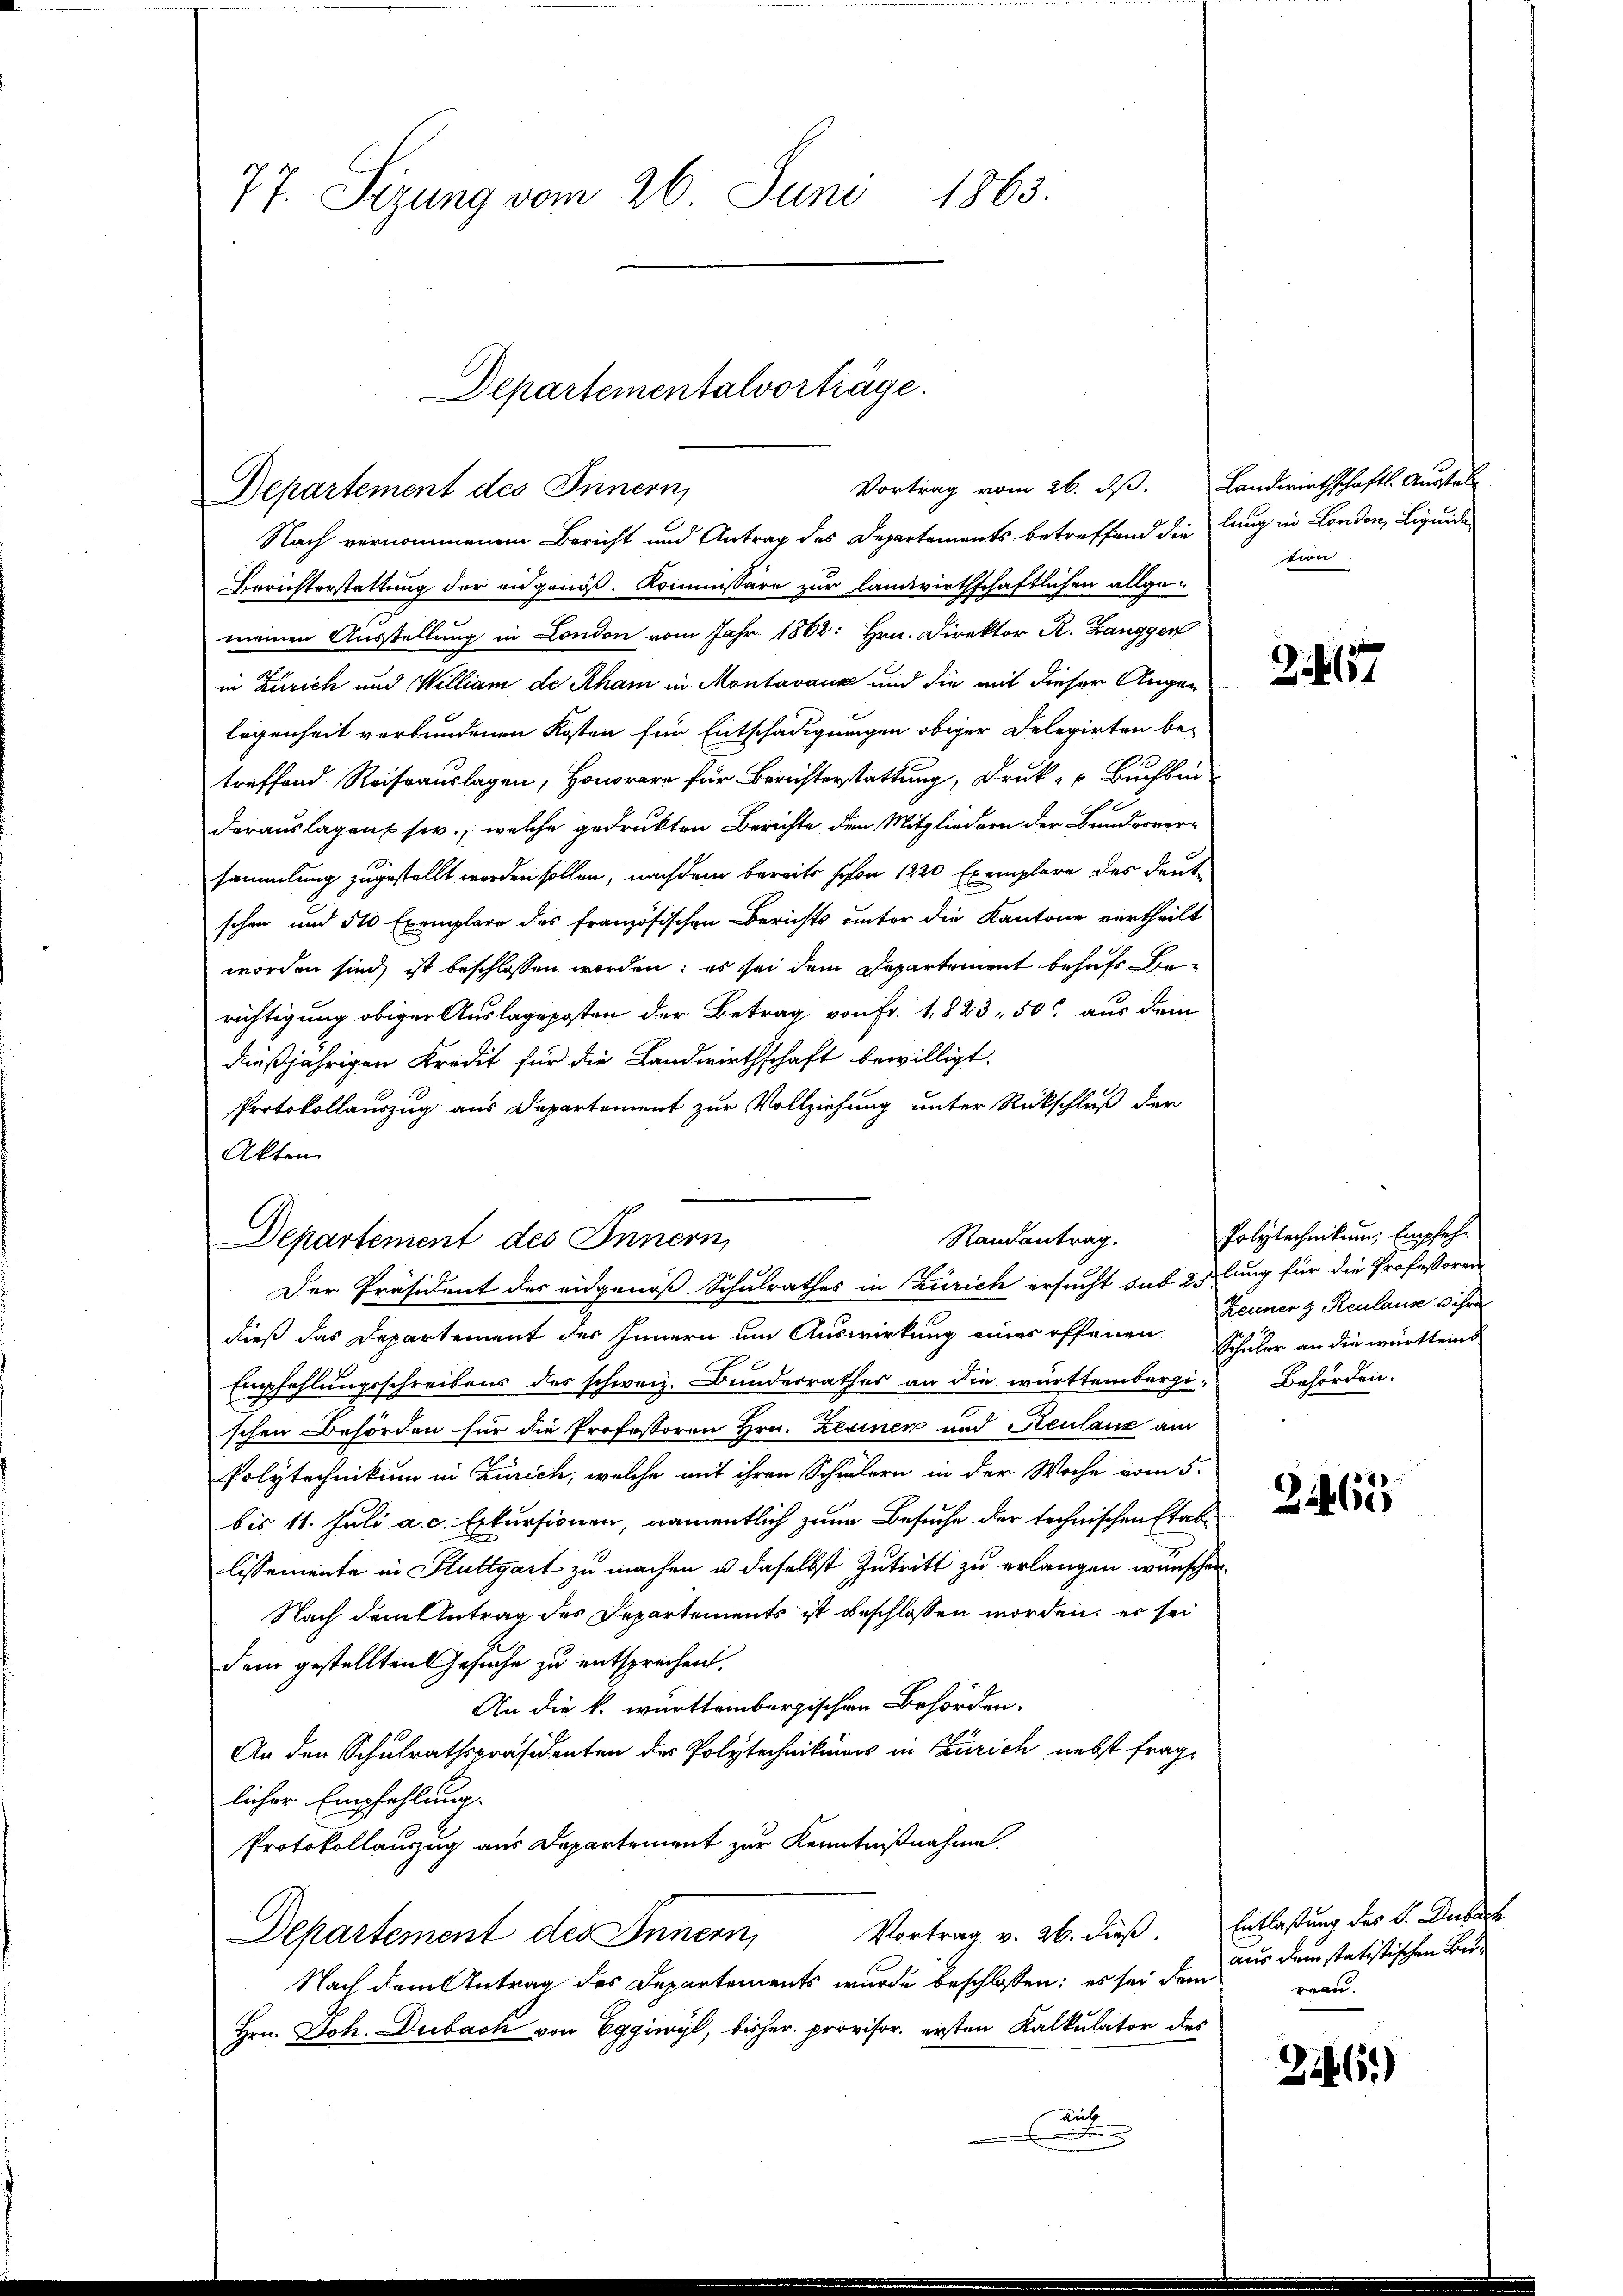
77. Sizung vom 26. Juni 1863.

Vortrag vom 26. dβ. Landwirthschafts- Ausstell
Departement des Innern,

Departementalvorträge.

Nach vernommenem Bericht und Antrag des Departements betreffend die lang in London, Liquida
Berichterstattung der eidgenöß. Kommissäre zur landwirthschaftlichen allge-
meinen Ausstellung in London vom Jahr 1862: Hrn. Direktor R. Zanggen
in Zürich und William de Rham in Montavaux und die mit dieser Augen
legenheit verbundenen Kosten für Entschädigungen obiger Delegirten be-
treffend Reiseauslagen, Honorar für Berichterstattung, Druk - " Buchbin
derauslagen sie, welche gedruckten Berichte den Mitgliedern der Bundesversammlung zugestellt werden sollen, nachdem bereits schon 1220 Exemplare des deute
schen und 510 Exemplare das französischen Berichts unter die Kantone vertheilt
worden sind ist beschlossen worden; es sei dem Departement behufs Berichtigung obiger Auslageposten der Betrag von Fr. 1,823, 50 aus dem
dießjährigen Kredit für die Landwirthschaft bewilligt.
Protokollauszug aus Departement zur Vollziehung unter Rückschluß der
Akten
dieß das Departement des Innern um Auswirkung eines offenen Schüler an die württems
Empfehlungsschreibens des schweiz. Bunderrathes an die württembergi-Behörden.
schen Behörden für die Professoren Hrn. Zerinen und Keulanz am
Polytechnikum in Zürich, welche mit ihren Schülern in der Woche vom 5.
bis 11. Juli a. c. Exkursionen, namentlich zum Besuche der technischen Etablissemente in Stattgart zu machen u. daselbst Zutritt zu erlangen wünschen.
Nach dem Antrag des Departements ist beschlossen worden, er sei
dem gestellten Gesuche zu entsprechen.
An die k. württembergischen Behörden.
An den Schulrathspräsidenten des Polytechnikums in Zürich nebst fraglicher Empfehlung.
Protokollanzug aus Departement zur Kenntnißnahme.
Departement des Innern, Vortrag v. 26. dieß.
Nach dem Antrag des Departements wurde beschlossen; es sei dem
Hrn. Joh. Dubach von Eggiwyl, bisher provisor, ersten Kalkulator des
ail
.
e

Randantrag.
Departement des Innern,
e
Der Präsident des eidgenöß. Schulrathes in Zürich ersucht sub 2 lung für die Professoren

tion

24157

Polytechnikum, Empfeh¬
Zeuner & Reulaus u ihre

3465

Entlaßung des C. Dubach
aus den statistischen Beireau.

2146)